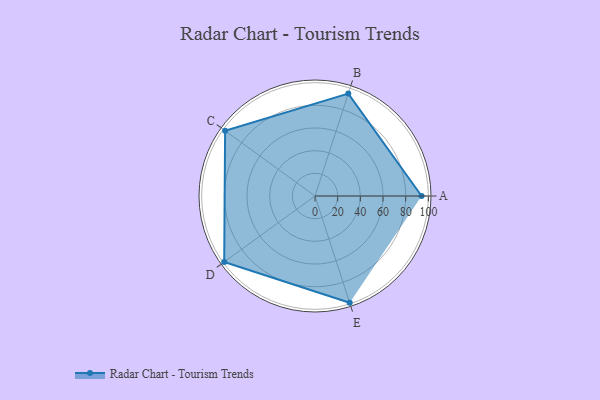
{"axis": {"x": "Skill", "y": "Score"}, "legend": ["Profile"], "data": [{"x": "A", "y": 94.0, "type": "Profile"}, {"x": "B", "y": 95.0, "type": "Profile"}, {"x": "C", "y": 98.0, "type": "Profile"}, {"x": "D", "y": 99, "type": "Profile"}, {"x": "E", "y": 99, "type": "Profile"}]}